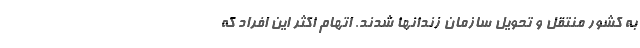
به کشور منتقل و تحویل سازمان زندانها شدند. اتهام اکثر این افراد که